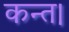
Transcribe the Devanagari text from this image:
कन्‍त।